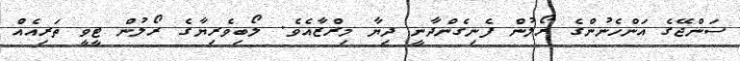
ސަންޖޭގެ އަންހެނުންގެ ރޯލުން ފެނިގެންދާނީ ދިޔާ މިރްޒާއެވެ. ލޯބިވެރިޔާގެ ރޯލުން ޓީވީ ތަރިއެއް